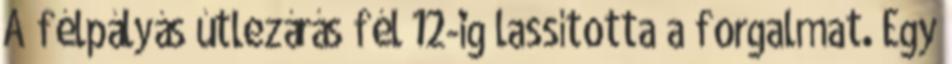
A félpályás útlezárás fél 12-ig lassította a forgalmat. Egy